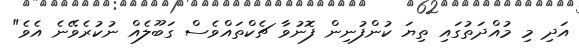
އަދި މި މުއްދަތުގައި ތިޔަ ކުންފުނިން ފޮނުވާ ޗެކްތައްވެސް ގަބޫލެއް ނުކުރެވޭނެ އެވެ"